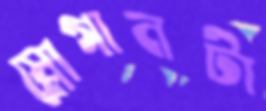
স্লোগানটা